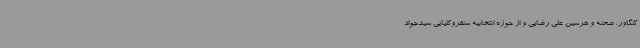
کنگاور، صحنه و هرسین علی رضایی و از حوزه انتخابیه سنقروکلیایی سیدجواد